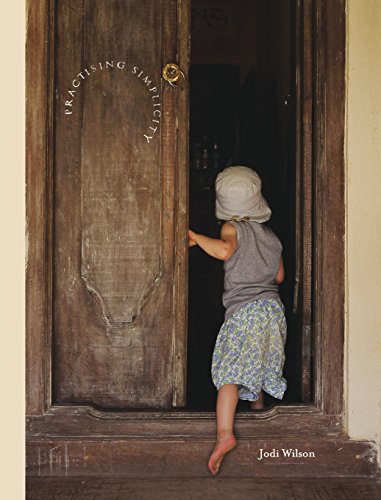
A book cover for Practising Simplicity TRADE HARDCOVER; Jodi Wilson; Computers & Technology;